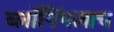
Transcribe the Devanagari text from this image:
ब्लॉगिंगलाच